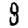
Digit: 8